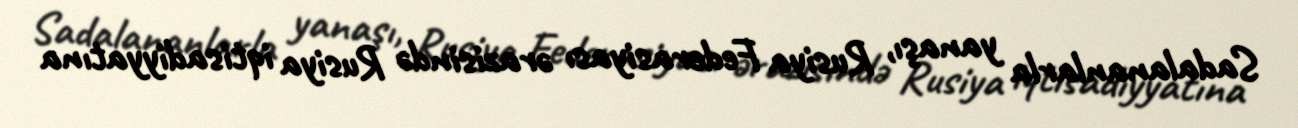
Sadalananlarla yanaşı, Rusiya Federasiyası ərazisində Rusiya iqtisadiyyatına